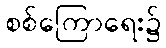
စစ်ကြောရေး၌